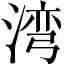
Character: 湾